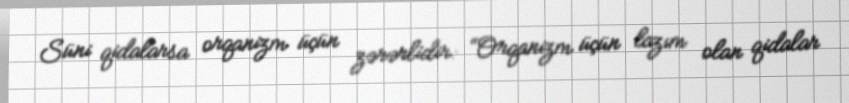
Süni qidalarsa orqanizm üçün zərərlidir: “Orqanizm üçün lazım olan qidalar